system: You are a helpful assistant.
user:
Analyze the provided spectrum to determine if it is a **S-type Star**.

- **Key Indicators for S-type Star:**

    - **(Overall Spectrum Shape):** The first and most obvious characteristic is the overall continuum (the "baseline" shape). It is **extremely "red-sloping,"** meaning the flux (light intensity) is very low on the left side (blue, ~4000-4500 Å) and rises steeply and continuously toward the right side (red, ~7000 Å+).

    - **(Primary):** The spectrum is defined by the presence of strong, broad molecular absorption "valleys" (bands) from **Zirconium Oxide (ZrO)**. The identification of these bands is the **primary requirement** for classifying a star as S-type.
        - **(Key Bandheads):** You must find distinct, deep "dips" where the light has been absorbed. The most critical band systems to locate are:
            - **~6474 Å** ($\gamma$-system): This is often the strongest and clearest ZrO feature, found in the red part of the spectrum.
            - **~5718 Å** & **~5551 Å** ($\beta$-system): A pair of prominent absorption features in the yellow-orange part of the spectrum.
            - **~4640 Å** ($\alpha$-system): A key absorption band system in the blue-green region of the spectrum.

    - **(Secondary Confirmation):** The classification is strengthened by finding additional absorption bands from other related heavy element oxides, which are expected to be present alongside ZrO.
        - **(Key Bandheads):**
            - **Yttrium Oxide (YO):** Look for absorption dips near **~4800 Å** and **~6100 Å**.
            - **Lanthanum Oxide (LaO):** Additional absorption features, particularly in the red-orange part of the spectrum, are also characteristic.

    - **(Line Profile):** The combination of the steep red continuum and these numerous, deep molecular bands (ZrO, YO, etc.) gives the entire spectrum a very **"chopped-up"** or **"bumpy"** appearance. Instead of a smooth curve, the spectrum looks as though large, wide chunks of light have been "carved out" of it at the specific wavelengths listed above.

Think first, call **spectral_visualization_tool** if needed to examine features in detail, then provide your final answer. Your response must adhere to the following strict rules:
1.  **Overall Structure:** Your response must follow the format `<think>...</think> <tool_call>...</tool_call> (if a tool is used) <answer>...</answer>`.
2.  **Tool Usage Constraint:** You may only make **one** tool call per turn.
3.  **Final Answer Format:** In the `<answer>` tag, your conclusion must be inside a `\boxed{}` command (e.g., `\boxed{YES}` or `\boxed{NO}`), followed by your justification.

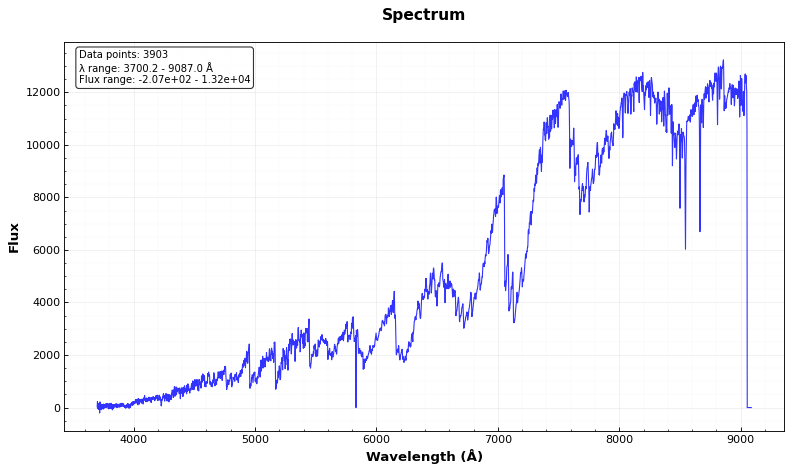
Answer: YES